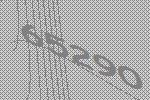
65290